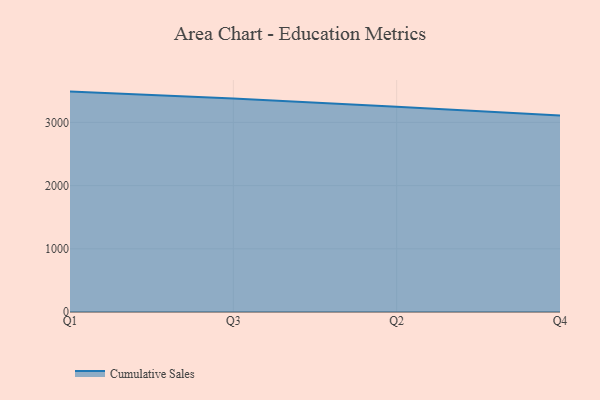
{"axis": {"x": "Quarter", "y": "Operating Costs (USD K)"}, "legend": ["Cumulative Sales"], "data": [{"x": "Q1", "y": 3487.9, "type": "Cumulative Sales"}, {"x": "Q3", "y": 3377.4, "type": "Cumulative Sales"}, {"x": "Q2", "y": 3247.0, "type": "Cumulative Sales"}, {"x": "Q4", "y": 3110.1, "type": "Cumulative Sales"}]}